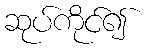
ဆုပ်ကိုင်၍